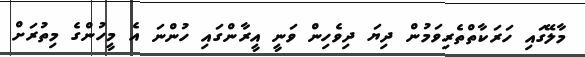
މާލޭގައި ހަރަކާތްތެރިވަމުން ދިޔަ ދިވެހިން ވަނީ އީރާންގައި ހުންނަ އެ މީހުންގެ މިތުރަށް